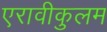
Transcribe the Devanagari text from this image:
एरावीकुलम